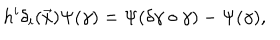
h ^ { i } \delta _ { i } ( \vec { x } ) \Psi ( \gamma ) = \Psi ( \delta \gamma \circ \gamma ) - \Psi ( \gamma ) ,